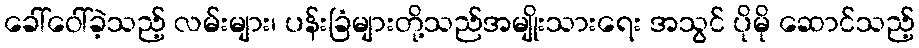
ခေါ်ဝေါ်ခဲ့သည့် လမ်းများ၊ ပန်းခြံများတို့သည်အမျိုးသားရေး အသွင် ပိုမို ဆောင်သည့်